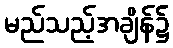
မည်သည့်အချိန်၌